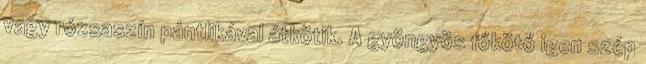
vagy rózsaszín pántlikával átkötik. A gyöngyös főkötő igen szép